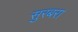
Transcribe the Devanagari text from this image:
सुरबरा